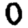
Digit: 0